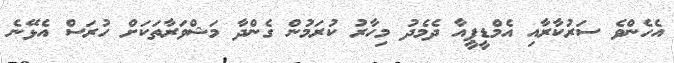
އެހެންވެ ސަރުކާރާއި އެމްޑީޕީއާ ދެމެދު މިހާރު ކުރަމުން ގެންދާ މަޝްވަރާތަކަށް ހުރަސް އެޅޭނެ